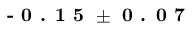
\textbf { - 0 . 1 5 } \pm \textbf { 0 . 0 7 }